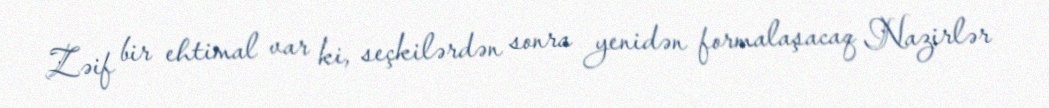
Zəif bir ehtimal var ki, seçkilərdən sonra yenidən formalaşacaq Nazirlər